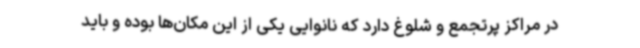
در مراکز پرتجمع و شلوغ دارد که نانوایی یکی از این مکان‌ها بوده و باید